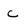
Character: c